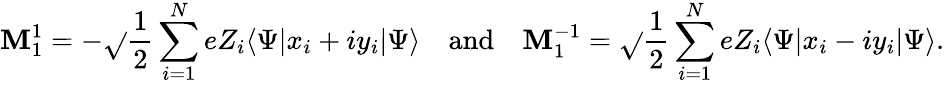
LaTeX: \mathbf{M}_{1}^{1}=-{\sqrt{}{{\frac{{1}}{{2}}}}}\sum_{i=1}^{N}eZ_{i}\langle\Psi|x_{i}+iy_{i}|\Psi\rangle\quad{\mathrm{{and}}}\quad\mathbf{M}_{1}^{-1}={\sqrt{}{{\frac{{1}}{{2}}}}}\sum_{i=1}^{N}eZ_{i}\langle\Psi|x_{i}-iy_{i}|\Psi\rangle.